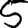
Digit: 5